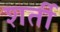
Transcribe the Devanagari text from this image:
शर्ती